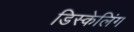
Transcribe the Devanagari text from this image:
डिस्केलिंग